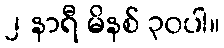
၂ နာရီ မိနစ် ၃၀ပါ။